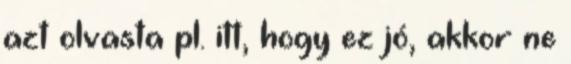
azt olvasta pl. itt, hogy ez jó, akkor ne